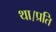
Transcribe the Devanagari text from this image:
था।प्रति